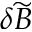
\delta \widetilde { B }